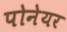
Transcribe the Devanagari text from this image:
पोनेयर